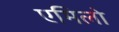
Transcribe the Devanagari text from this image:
एमिलो